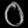
Digit: ၀